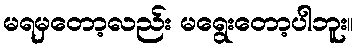
မရမှတော့လည်း မရွေးတော့ပါဘူး။